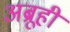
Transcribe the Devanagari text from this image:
अब्रूही